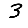
Digit: 3